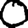
Digit: 0